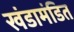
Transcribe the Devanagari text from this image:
खंडामंडित